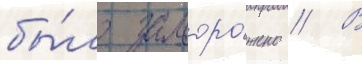
бы́ло заморо́жено // В